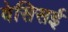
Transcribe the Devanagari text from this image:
वेसिसई